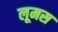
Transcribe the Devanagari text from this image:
लूमस